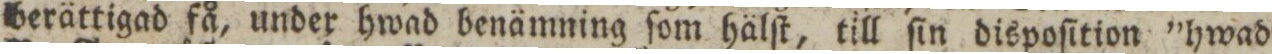
berättigad få, under hwad benämning ſom hälſt, till ſin dispoſition ”hwad